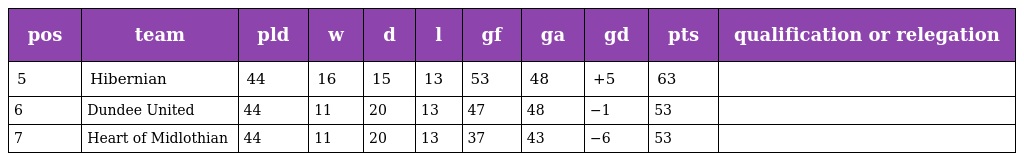
| pos | team | pld | w | d | l | gf | ga | gd | pts | qualification or relegation |
 | --- | --- | --- | --- | --- | --- | --- | --- | --- | --- | --- |
 | 5 | Hibernian | 44 | 16 | 15 | 13 | 53 | 48 | +5 | 63 |  |
 | 6 | Dundee United | 44 | 11 | 20 | 13 | 47 | 48 | −1 | 53 |  |
 | 7 | Heart of Midlothian | 44 | 11 | 20 | 13 | 37 | 43 | −6 | 53 |  |